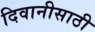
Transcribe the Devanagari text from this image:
दिवानीसाठी